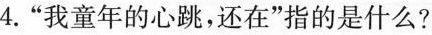
4.”我童年的心跳，还在”指的是什么?